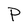
Character: P